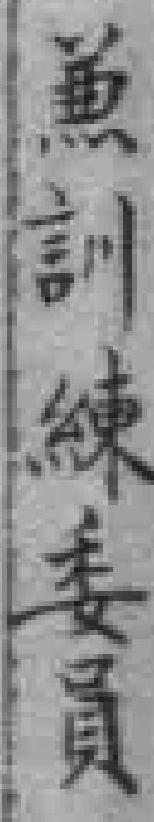
𠔥訓練委員